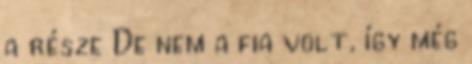
a része De nem a fia volt, így még